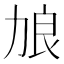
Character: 𫦭